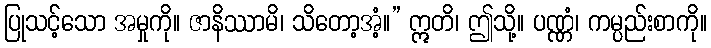
ပြုသင့်သော အမှုကို။ ဇာနိဿာမိ၊ သိတော့အံ့။” ဣတိ၊ ဤသို့။ ပဏ္ဏံ၊ ကမ္ပည်းစာကို။